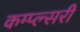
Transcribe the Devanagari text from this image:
कम्प्ल्सरी